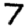
Digit: 7